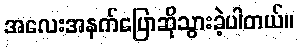
အလေးအနက်ပြောဆိုသွားခဲ့ပါတယ်။